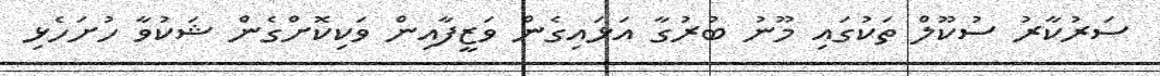
ސަރުކާރު ސުކޫލް ތަކުގައި މޫނު ބުރުގާ އަޅައިގެން ވަޒީފާއިން ވަކިކޮށްގެން ޝަކުވާ ހުށަހެޅި